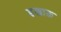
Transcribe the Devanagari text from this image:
डखाऊ